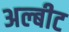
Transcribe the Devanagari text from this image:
अल्बीट